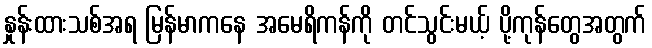
နှုန်းထားသစ်အရ မြန်မာကနေ အမေရိကန်ကို တင်သွင်းမယ့် ပို့ကုန်တွေအတွက်